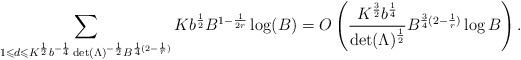
LaTeX: \begin{align*} \sum_{1\leqslant d\leqslant K^\frac{1}{2}b^{-\frac{1}{4}}\det(\Lambda)^{-\frac{1}{2}}B^{\frac{1}{4}(2-\frac{1}{r})}}Kb^\frac{1}{2}B^{1-\frac{1}{2r}}\log(B)=O\left(\frac{K^\frac{3}{2}b^\frac{1}{4}}{\det(\Lambda)^\frac{1}{2}}B^{\frac{3}{4}(2-\frac{1}{r})}\log B\right).\end{align*}